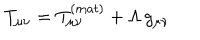
LaTeX: T _ { \mu \nu } = T _ { \mu \nu } ^ { ( m a t ) } + \Lambda \, g _ { \mu \nu }